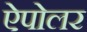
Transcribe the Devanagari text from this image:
ऐपोलर